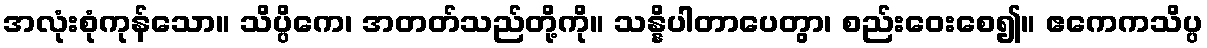
အလုံးစုံကုန်သော။ သိပ္ပိကေ၊ အတတ်သည်တို့ကို။ သန္နိပါတာပေတွာ၊ စည်းဝေးစေ၍။ ဧကေကသိပ္ပ